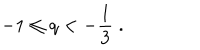
- 1 \le q < - \frac { 1 } { 3 } \; .